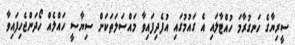
ސީރިޔާގެ ހަނގުރާމަ ހުއްޓާލައި އެ ގައުމުގައި އުފެދިފައިވާ މައްސަލަތަކަށް ސިޔާސީ ހައްލެއް ހޯދަންޖެހިފައިވާ